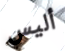
أليس